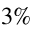
3 \%